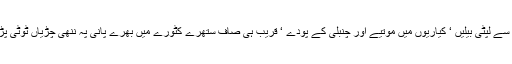
دیواروں سے لپٹی بیلیں ‘ کیاریوں میں موتیے اور چنبلی کے پودے ‘ قریب ہی صاف ستھرے کٹورے میں بھرے پانی پہ ننھی چڑیاں ٹوٹی پڑی تھیں۔